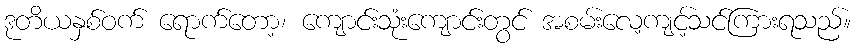
ဒုတိယနှစ်ဝက် ရောက်တော့၊ ကျောင်းသုံးကျောင်းတွင် အစမ်းလေ့ကျင့်သင်ကြားရသည်။